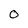
Character: 0